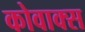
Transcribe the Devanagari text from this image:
कोवाक्स